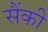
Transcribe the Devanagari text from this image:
सैंकी